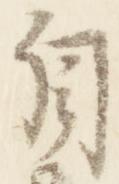
自